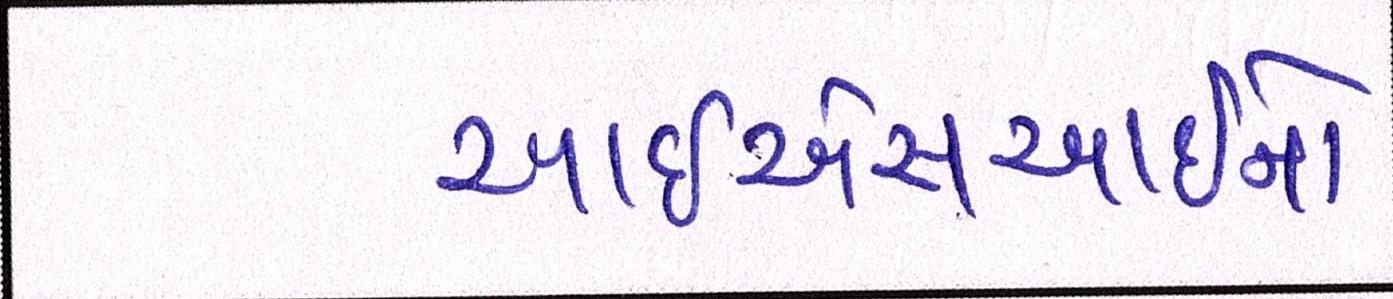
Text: આઇએસઆઇનો